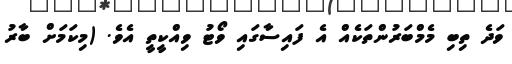
ވަދެ ތިބި މެމްބަރުންތަކެއް އެ ފައިސާގައި ވޯޓު ވިއްކީތީ އެވެ. (މިކަމަށް ބާރު